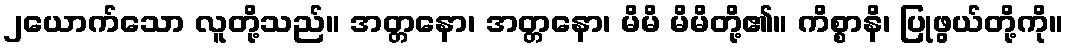
၂ယောက်သော လူတို့သည်။ အတ္တနော၊ အတ္တနော၊ မိမိ မိမိတို့၏။ ကိစ္စာနိ၊ ပြုဖွယ်တို့ကို။